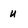
Character: u